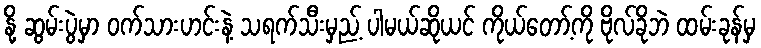
နို့ ဆွမ်းပွဲမှာ ဝက်သားဟင်းနဲ့ သရက်သီးမှည့် ပါမယ်ဆိုယင် ကိုယ်တော့်ကို ဗိုလ်ခိုဘဲ ထမ်းခုန်မှ